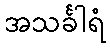
အသင်္ခါရံ